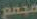
مجمع